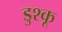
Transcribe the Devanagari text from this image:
डुश्कू